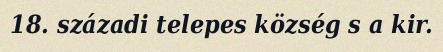
18. századi telepes község s a kir.